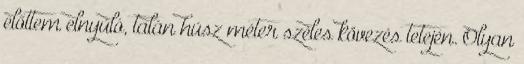
előttem elnyúló, talán húsz méter széles kövezés tetején. Olyan